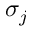
\sigma _ { j }